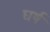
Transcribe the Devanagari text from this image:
घर्ष